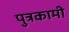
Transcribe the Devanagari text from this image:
पुत्रकामी